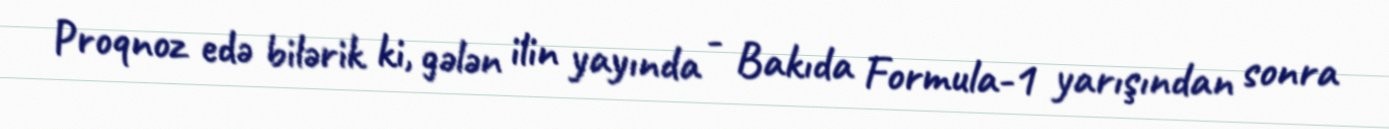
Proqnoz edə bilərik ki, gələn ilin yayında - Bakıda Formula-1 yarışından sonra